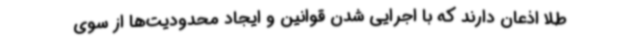
طلا اذعان دارند که با اجرایی شدن قوانین و ایجاد محدودیت‌ها از سوی